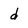
Character: d